Leaving Certificate Examination (including Day School Certificate (Higher) General paper), 1938
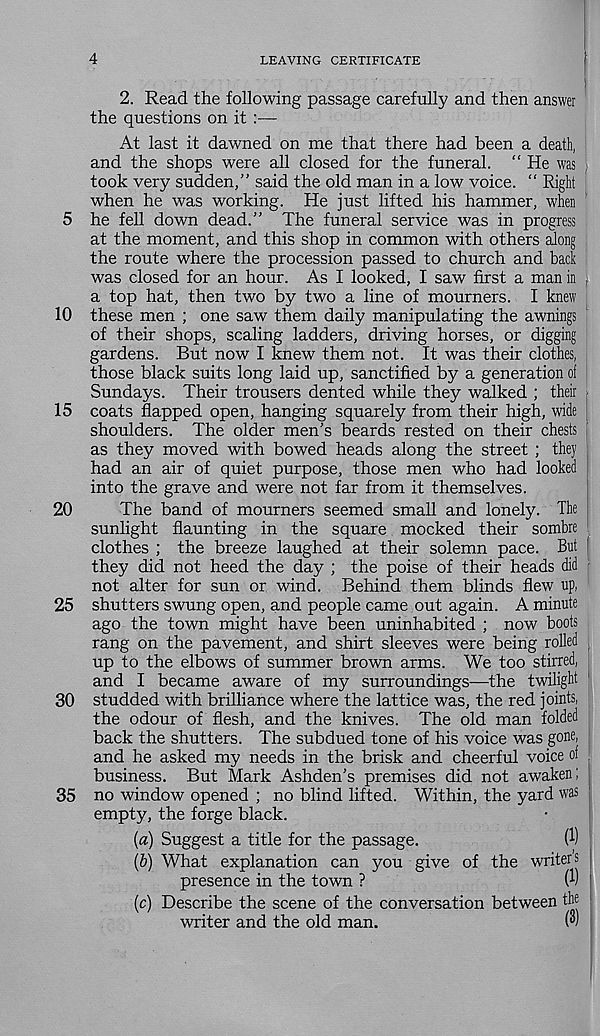
5
10
15
20
25
30
35
4
LEAVING CERTIFICATE
2. Read the following passage carefully and then answer
the questions on it :—
At last it dawned on me that there had been a death,
and the shops were all closed for the funeral. “ He was ;
took very sudden,” said the old man in a low voice. “ Right
when he was working. He just lifted his hammer, when
he fell down dead.” The funeral service was in progress
at the moment, and this shop in common with others along
the route where the procession passed to church and back
was closed for an hour. As I looked, I saw first a man in j
a top hat, then two by two a line of mourners. I knew
these men ; one saw them daily manipulating the awnings
of their shops, scaling ladders, driving horses, or digging
gardens. But now I knew them not. It was their clothes,
those black suits long laid up, sanctified by a generation of
Sundays. Their trousers dented while they walked ; their >
coats flapped open, hanging squarely from their high, wide
shoulders. The older men’s beards rested on their chests
as they moved with bowed heads along the street ; they
had an air of quiet purpose, those men who had looked
into the grave and were not far from it themselves.
The band of mourners seemed small and lonely. The
sunlight flaunting in the square mocked their sombre
clothes ; the breeze laughed at their solemn pace. But
they did not heed the day ; the poise of their heads did
not alter for sun or wind. Behind them blinds flew up,
shutters swung open, and people came out again. A minute
ago the town might have been uninhabited ; now boots
rang on the pavement, and shirt sleeves were being rolled
up to the elbows of summer brown arms. We too stirred,
and I became aware of my surroundings—the twilight
studded with brilliance where the lattice was, the red joints,
the odour of flesh, and the knives. The old man folded
back the shutters. The subdued tone of his voice was gone,
and he asked my needs in the brisk and cheerful voice of
business. But Mark Ashden’s premises did not awaken;
no window opened ; no blind lifted. Within, the yard was
empty, the forge black.
(a) Suggest a title for the passage.
(1)
(b) What explanation can you give of the writers
presence in the town ?
(h '
(c) Describe the scene of the conversation between the
writer and the old man.
(")